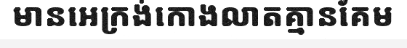
មានអេក្រង់កោងលាតគ្មានគែម